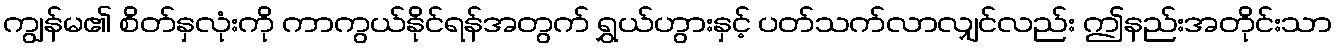
ကျွန်မ၏ စိတ်နှလုံးကို ကာကွယ်နိုင်ရန်အတွက် ရွှယ်ဟွားနှင့် ပတ်သက်လာလျှင်လည်း ဤနည်းအတိုင်းသာ